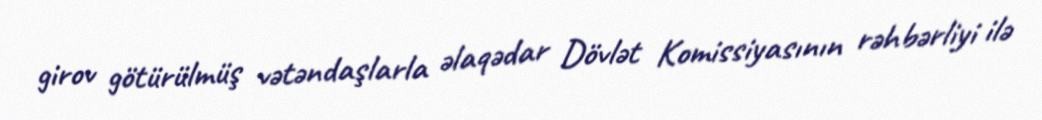
girov götürülmüş vətəndaşlarla əlaqədar Dövlət Komissiyasının rəhbərliyi ilə